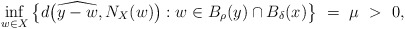
\begin{align*}\inf_{w \in X} \big\{ d \big( \widehat{y-w} , N_X(w) \big) : w \in B_{ \rho}(y)\cap B_{\delta}(x) \big\}~=~ \mu ~>~ 0,\end{align*}